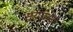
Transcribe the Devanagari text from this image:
स्यापना